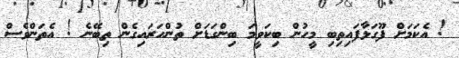
! އެކަމަށް ފޫގަޅާފައިތިބި މީހުން ބިކަވީމަ ބިންގަޑަށް ތުންހަރައިގެން ތިބޭނެ ! އެތަންވެސް